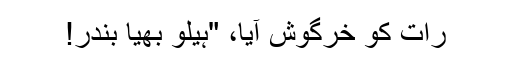
رات کو خرگوش آیا، "ہیلو بھیّا بندر!